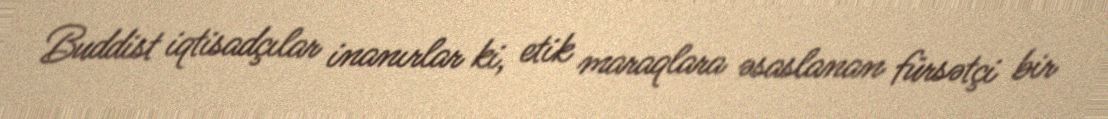
Buddist iqtisadçılar inanırlar ki, etik maraqlara əsaslanan fürsətçi bir